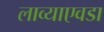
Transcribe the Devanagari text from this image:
लाव्याएवडा